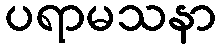
ပရာမသနာ